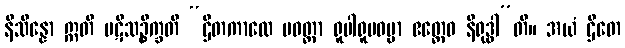
နိသိန္နော ဣတိ ပဋိသဉ္စိက္ခတိ “ဌိတကာလေ ပဝတ္တာ ရူပါရူပဓမ္မာ ဧတ္ထေဝ နိရုဒ္ဓါ”တိ။ အယံ ဌိတေ